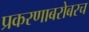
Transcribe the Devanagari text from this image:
प्रकरणाबरोबरच